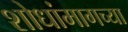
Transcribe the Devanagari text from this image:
शोधांमागच्या